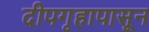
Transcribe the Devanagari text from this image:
दीपगृहापासून